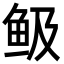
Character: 𩽹